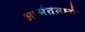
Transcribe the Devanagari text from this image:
अश्मंतमध्ये